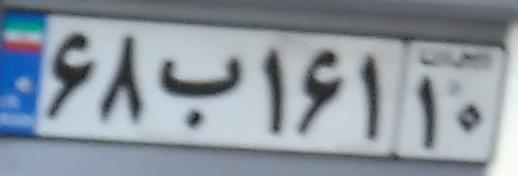
۶۸ب۱۶۱۱۰